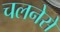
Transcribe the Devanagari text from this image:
चलनेसे